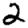
Digit: 2